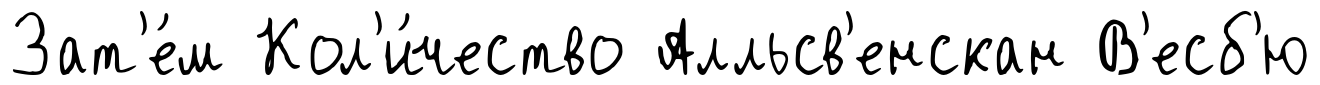
Зат'е́м Кол'и́чество Алльсв'енскан В'есб'ю